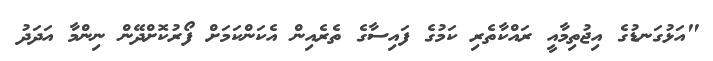
"އަޅުގަނޑުގެ އިޖުތިމާއީ ރައްކާތެރި ކަމުގެ ފައިސާގެ ތެރެއިން އެކަންކަމަށް ފޯރުކޮށްދޭން ނިންމާ އަދަދު